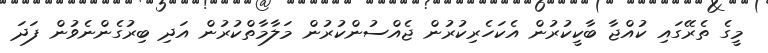
މީގެ ތެރޭގައި ކުއްޖާ ބާކީކުރުން އެކަހެރިކުރުން ޖެއްސުންކުރުން މަލާމާތްކުރުން އަދި ބިރުގެންނެވުން ފަދަ